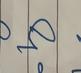
Signature authenticity: genuine